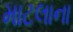
માટલાના